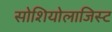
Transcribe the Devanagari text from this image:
सोशियोलाजिस्ट